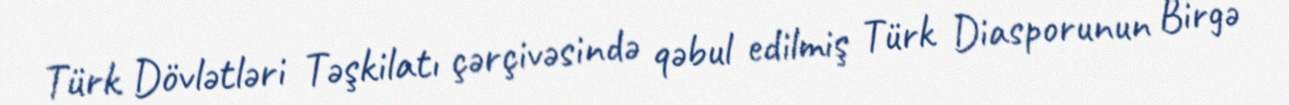
Türk Dövlətləri Təşkilatı çərçivəsində qəbul edilmiş Türk Diasporunun Birgə